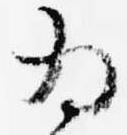
為